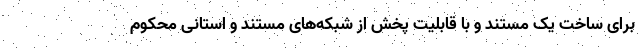
برای ساخت یک مستند و با قابلیت پخش از شبکه‌های مستند و استانی محکوم